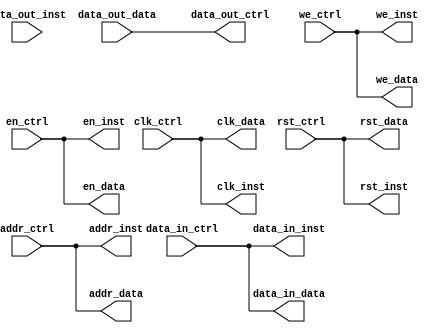
module hapara_bram_dma_dup_v1_0 #
	(
		// Users to add parameters here

		// User parameters ends
		// Do not modify the parameters beyond this line


		// Parameters of Axi Slave Bus Interface S00_AXI
		parameter integer DATA_WIDTH	= 32
	)
	(
		// Users to add ports here
		input   [DATA_WIDTH - 1 : 0] addr_ctrl,
        input   [DATA_WIDTH - 1 : 0] data_in_ctrl,
        output  [DATA_WIDTH - 1 : 0] data_out_ctrl,
        input   [DATA_WIDTH / 8 - 1 : 0] we_ctrl,
        input   clk_ctrl,
        input   rst_ctrl,
        input   en_ctrl,
        
        output  [DATA_WIDTH - 1 : 0] addr_inst,
        output  [DATA_WIDTH - 1 : 0] data_in_inst,
        input   [DATA_WIDTH - 1 : 0] data_out_inst,
        output  [DATA_WIDTH / 8 - 1 : 0] we_inst,
        output  clk_inst,
        output  rst_inst,
        output  en_inst,
        
        output  [DATA_WIDTH - 1 : 0] addr_data,
        output  [DATA_WIDTH - 1 : 0] data_in_data,
        input   [DATA_WIDTH - 1 : 0] data_out_data,
        output  [DATA_WIDTH / 8 - 1 : 0] we_data,
        output  clk_data,
        output  rst_data,
        output  en_data
		// User ports ends
		// Do not modify the ports beyond this line


		// Ports of Axi Slave Bus Interface S00_AXI

	);
// Instantiation of Axi Bus Interface S00_AXI


	// Add user logic here
    assign  clk_inst = clk_ctrl;
    assign  clk_data = clk_ctrl;
    assign  rst_inst = rst_ctrl;
    assign  rst_data = rst_ctrl;
    assign  we_inst = we_ctrl;
    assign  we_data = we_ctrl;
    assign  addr_inst = addr_ctrl;
    assign  addr_data = addr_ctrl;
    assign  data_in_inst = data_in_ctrl;
    assign  data_in_data = data_in_ctrl;
    assign  en_inst = en_ctrl;
    assign  en_data = en_ctrl;
    
    assign  data_out_ctrl = data_out_data;
	// User logic ends

	endmodule